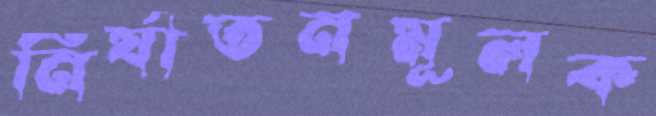
নির্যাতনমূলক